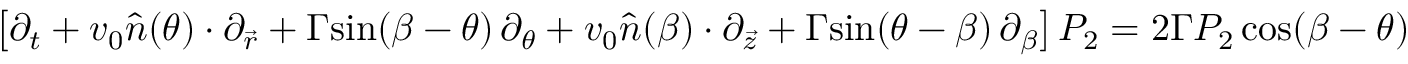
\big [ \partial _ { t } + v _ { 0 } \hat { n } ( \theta ) \cdot \partial _ { \vec { r } } + \Gamma \mathrm { s i n } ( \beta - \theta ) \, \partial _ { \theta } + v _ { 0 } \hat { n } ( \beta ) \cdot \partial _ { \vec { z } } + \Gamma \mathrm { s i n } ( \theta - \beta ) \, \partial _ { \beta } \big ] \, P _ { 2 } = 2 \Gamma P _ { 2 } \, \mathrm { c o s } ( \beta - \theta )